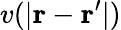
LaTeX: v(|\mathbf{r}-\mathbf{r}^{\prime}|)